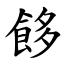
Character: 䬷